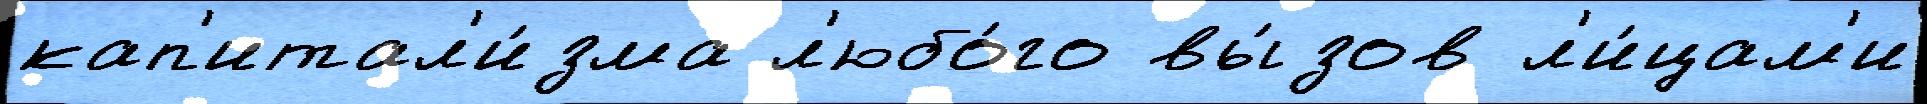
кап'итал'и́зма л'юбо́го вы́зов л'и́цам'и